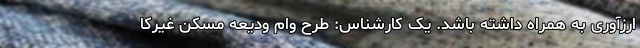
ارزآوری به همراه داشته باشد. یک کارشناس: طرح وام ودیعه مسکن غیرکا